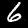
Digit: 6